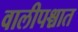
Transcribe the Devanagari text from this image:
वालीपश्चात